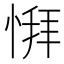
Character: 𫺨